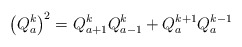
\begin{align*}\left( Q_{a}^{k}\right) ^{2}=Q_{a+1}^{k}Q_{a-1}^{k}+Q_{a}^{k+1}Q_{a}^{k-1}\end{align*}